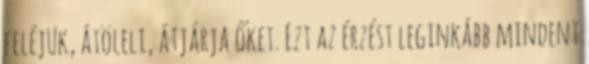
feléjük, átöleli, átjárja őket. Ezt az érzést leginkább mindent